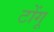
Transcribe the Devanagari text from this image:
टोंगू